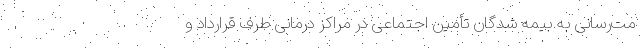
مت‌رسانی به بیمه شدگان تأمین اجتماعی در مراکز درمانی طرف قرارداد و